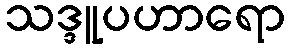
သဒ္ဒူပဟာရော